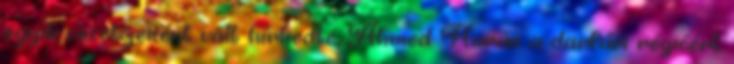
egyik vezetőjeként vált hírhedté. Ahmed Harún a darfúri régióért